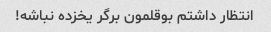
انتظار داشتم بوقلمون برگر یخزده نباشه!